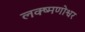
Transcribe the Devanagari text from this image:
लक्ष्मणोश्वर